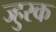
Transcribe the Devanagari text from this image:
ज्हुरक